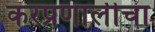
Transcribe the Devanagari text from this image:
करप्रणालीचा